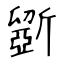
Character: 斵